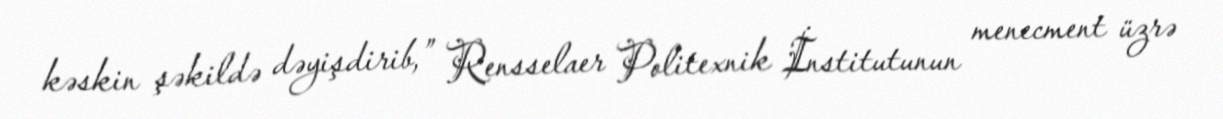
kəskin şəkildə dəyişdirib,” Rensselaer Politexnik İnstitutunun menecment üzrə